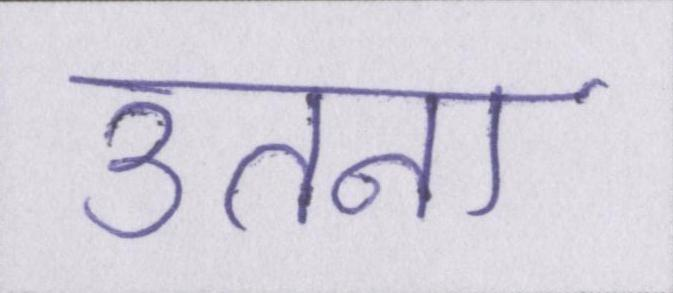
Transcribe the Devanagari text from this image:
उतना